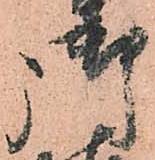
御